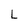
Character: L